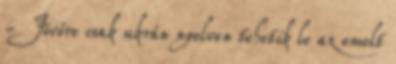
- Jövőre csak ukrán nyelven tehetik le az emelt